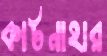
কাটনাহার